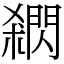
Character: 閷